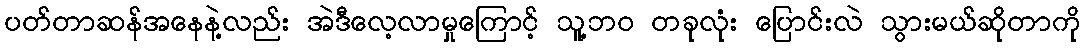
ပတ်တာဆန်အနေနဲ့လည်း အဲဒီလေ့လာမှုကြောင့် သူ့ဘဝ တခုလုံး ပြောင်းလဲ သွားမယ်ဆိုတာကို